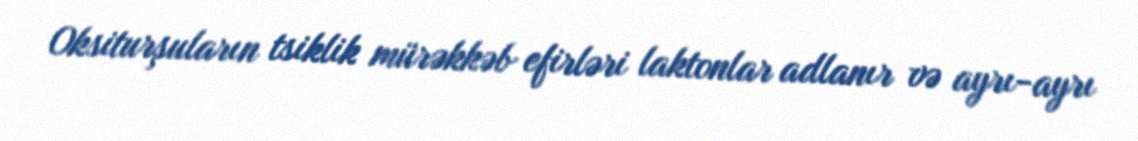
Oksiturşuların tsiklik mürəkkəb efirləri laktonlar adlanır və ayrı-ayrı